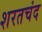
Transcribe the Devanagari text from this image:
शरतचंद